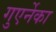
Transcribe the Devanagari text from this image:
गुएर्नेका